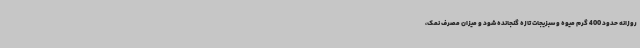
روزانه حدود 400 گرم میوه و سبزیجات تازه گنجانده شود و میزان مصرف نمک،